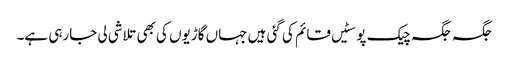
جگہ جگہ چیک پوسٹیں قائم کی گئی ہیں جہاں گاڑیوں کی بھی تلاشی لی جارہی ہے۔